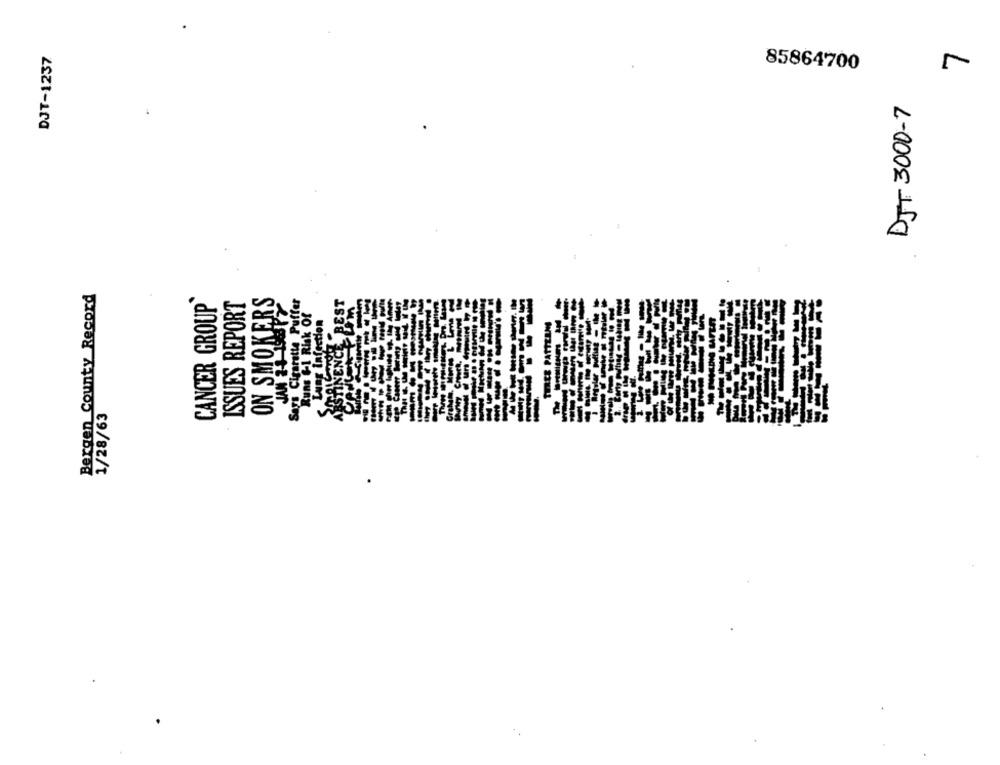
DJT-1237
85864700
DJT 3000-7
4
Bergen County Record
ON SMOKERS
Says Cigaretta Puffer
BEST
CANCER GROUP
ISSUES REPORT
JAN 2-1-19877
Runs 6-1 Risk Of
Lung Infection
1/28/63